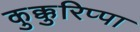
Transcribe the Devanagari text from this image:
कुक्कुरिप्पा